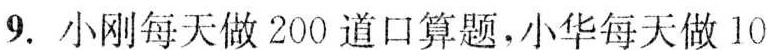
9.小刚每天做200道口算题，小华每天做10